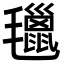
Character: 㲱